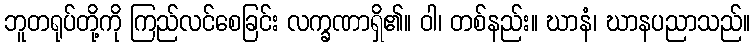
ဘူတရုပ်တို့ကို ကြည်လင်စေခြင်း လက္ခဏာရှိ၏။ ဝါ၊ တစ်နည်း။ ဃာနံ၊ ဃာနပညာသည်။